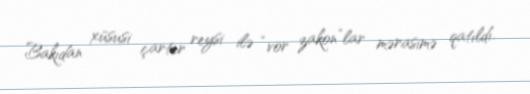
Bakıdan xüsusi çarter reysi ilə “vor zakon”lar mərasimə qatıldı.